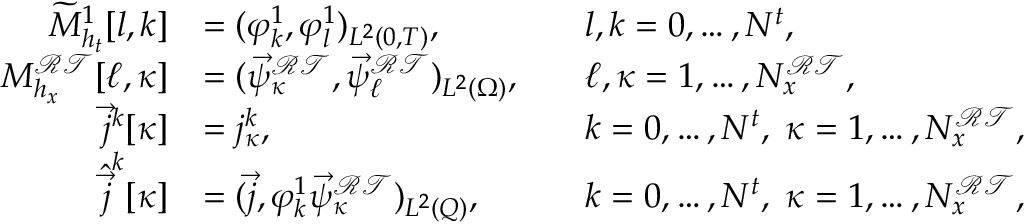
\begin{array} { r l r l } { \widetilde { M } _ { h _ { t } } ^ { 1 } [ l , k ] } & { = ( \varphi _ { k } ^ { 1 } , \varphi _ { l } ^ { 1 } ) _ { L ^ { 2 } ( 0 , T ) } , } & & { l , k = 0 , \dots , N ^ { t } , } \\ { M _ { h _ { x } } ^ { \mathcal { R T } } [ \ell , \kappa ] } & { = ( \vec { \psi } _ { \kappa } ^ { \mathcal { R T } } , \vec { \psi } _ { \ell } ^ { \mathcal { R T } } ) _ { L ^ { 2 } ( \Omega ) } , } & & { \ell , \kappa = 1 , \dots , N _ { x } ^ { \mathcal { R T } } , } \\ { \vec { j } ^ { k } [ \kappa ] } & { = j _ { \kappa } ^ { k } , } & & { k = 0 , \dots , N ^ { t } , \; \kappa = 1 , \dots , N _ { x } ^ { \mathcal { R T } } , } \\ { \hat { \vec { j } } ^ { k } [ \kappa ] } & { = ( \vec { j } , \varphi _ { k } ^ { 1 } \vec { \psi } _ { \kappa } ^ { \mathcal { R T } } ) _ { L ^ { 2 } ( Q ) } , } & & { k = 0 , \dots , N ^ { t } , \; \kappa = 1 , \dots , N _ { x } ^ { \mathcal { R T } } , } \end{array}